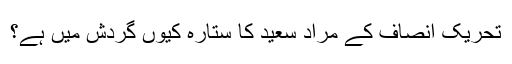
تحریک انصاف کے مراد سعید کا ستارہ کیوں گردش میں ہے؟